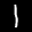
Label: 1